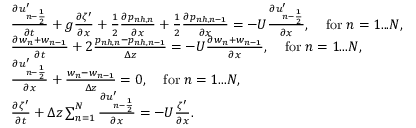
\begin{array} { r l } & { \frac { \partial u _ { n - \frac { 1 } { 2 } } ^ { \prime } } { \partial t } + g \frac { \partial \zeta ^ { \prime } } { \partial x } + \frac { 1 } { 2 } \frac { \partial p _ { n h , n } } { \partial x } + \frac { 1 } { 2 } \frac { \partial p _ { n h , n - 1 } } { \partial x } = - U \frac { \partial u _ { n - \frac { 1 } { 2 } } ^ { \prime } } { \partial x } , \; \; \; \; \mathrm { f o r } \; n = 1 . . . N , } \\ & { \frac { \partial w _ { n } + w _ { n - 1 } } { \partial t } + 2 \frac { p _ { n h , n } - p _ { n h , n - 1 } } { \Delta z } = - U \frac { \partial w _ { n } + w _ { n - 1 } } { \partial x } , \; \; \; \; \mathrm { f o r } \; n = 1 . . . N , } \\ & { \frac { \partial u _ { n - \frac { 1 } { 2 } } ^ { \prime } } { \partial x } + \frac { w _ { n } - w _ { n - 1 } } { \Delta z } = 0 , \; \; \; \; \mathrm { f o r } \; n = 1 . . . N , } \\ & { \frac { \partial \zeta ^ { \prime } } { \partial t } + \Delta z \sum _ { n = 1 } ^ { N } \frac { \partial u _ { n - \frac { 1 } { 2 } } ^ { \prime } } { \partial x } = - U \frac { \zeta ^ { \prime } } { \partial x } . } \end{array}